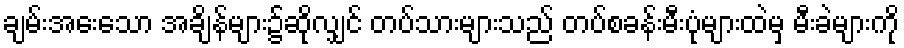
ချမ်းအေးသော အချိန်များ၌ဆိုလျှင် တပ်သားများသည် တပ်စခန်းမီးပုံများထဲမှ မီးခဲများကို